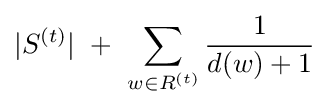
|S^{(t)}|~+~\sum _{w\in R^{(t)}}{\frac {1}{d(w)+1}}